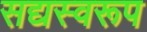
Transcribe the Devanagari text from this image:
सद्यस्वरूप